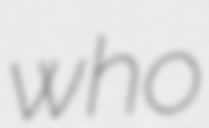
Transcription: who